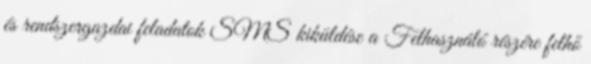
és rendszergazdai feladatok SMS kiküldése a Felhasználó részére felhő